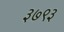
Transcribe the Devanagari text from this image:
३७९३